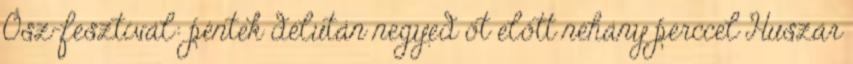
Ősz-fesztivál: péntek délután negyed öt előtt néhány perccel Huszár